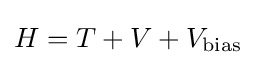
H=T+V+V_{\text{bias}}